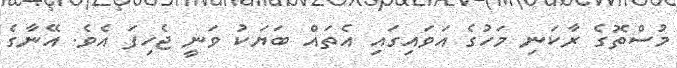
މުސްތޮގެ ރާކަނި މަހުގެ އަވައިގައި އެތައް ބަޔަކު ވަނީ ޖެހިފަ އެވެ. އޭނާގެ